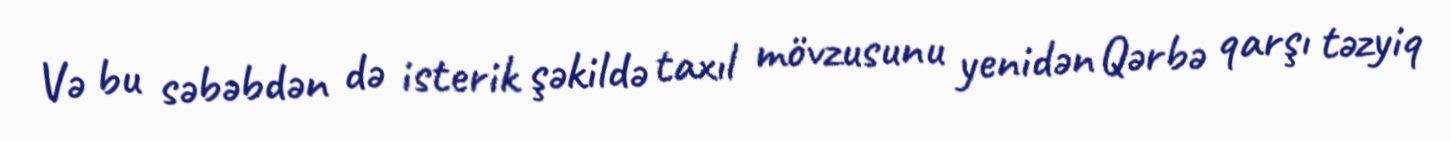
Və bu səbəbdən də isterik şəkildə taxıl mövzusunu yenidən Qərbə qarşı təzyiq